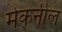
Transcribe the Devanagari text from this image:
मेकनील